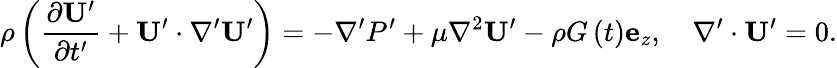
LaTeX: \rho\left(\frac{\partial\mathbf{U}^{\prime}}{\partial t^{\prime}}+\mathbf{U^{\prime}}\cdot\nabla^{\prime}\mathbf{U^{\prime}}\right)=-\nabla^{\prime}P^{\prime}+\mu\nabla^{2}\mathbf{U^{\prime}}-\rho G\left(t\right)\mathbf{e}_{z},\ \ \ \ \nabla^{\prime}\cdot\mathbf{U^{\prime}}=0.